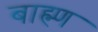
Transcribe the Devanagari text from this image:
बाह्म्ण